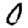
Digit: 0